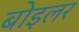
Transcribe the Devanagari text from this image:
बोइलर